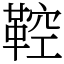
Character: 鞚